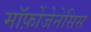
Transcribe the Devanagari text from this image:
मॉर्फ़ोजेनेसिस